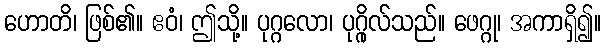
ဟောတိ၊ ဖြစ်၏။ ဧဝံ၊ ဤသို့။ ပုဂ္ဂလော၊ ပုဂ္ဂိုလ်သည်။ ဖေဂ္ဂု၊ အကာရှိ၍။